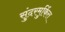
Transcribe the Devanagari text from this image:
सुंदरमुर्कित्त